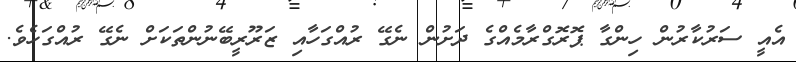
އެއީ ސަރުކާރުން ހިންގާ ޕޮރޮގްރާމެއްގެ ދަށުން ނެގޭ ރުއްގަހާއި ޒަރޫރީބޭނުންތަކަށް ނެގޭ ރުއްގަހެވެ.